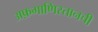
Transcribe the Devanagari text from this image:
अफ़गाणिस्तानची